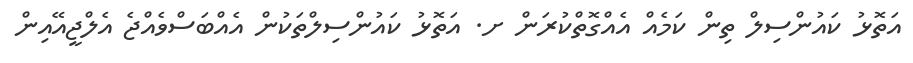
އަތޮޅު ކައުންސިލް ތިން ކަމެއް އެއްގޮތްކުރަން ށ. އަތޮޅު ކައުންސިލްތަކުން އެއްބަސްވެއްޖެ އެލްޖީއޭއިން